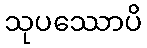
သုပဿောပိ